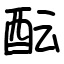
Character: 酝